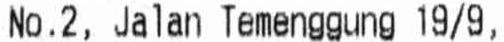
NO.2, JALAN TEMENGGUNG 19/9,